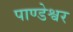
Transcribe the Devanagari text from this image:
पाण्डेश्वर